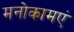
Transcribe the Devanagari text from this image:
मनोकामएं